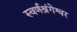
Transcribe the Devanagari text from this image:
स्वर्णश्रंगेश्वर